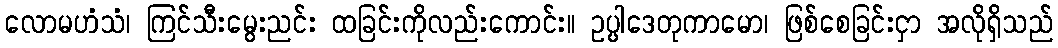
လောမဟံသံ၊ ကြင်သီးမွေးညင်း ထခြင်းကိုလည်းကောင်း။ ဥပ္ပါဒေတုကာမော၊ ဖြစ်စေခြင်းငှာ အလိုရှိသည်